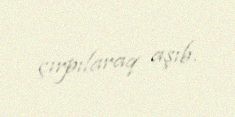
çırpılaraq aşıb.